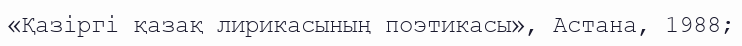
«Қазіргі қазақ лирикасының поэтикасы», Астана, 1988;